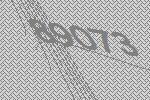
89073